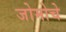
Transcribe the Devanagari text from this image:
जोमोचे